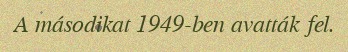
A másodikat 1949-ben avatták fel.